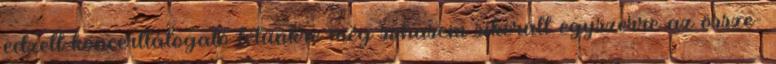
edzett koncertlátogató létünkre még sohasem sikerült egyszerre az össze-